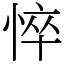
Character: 悴